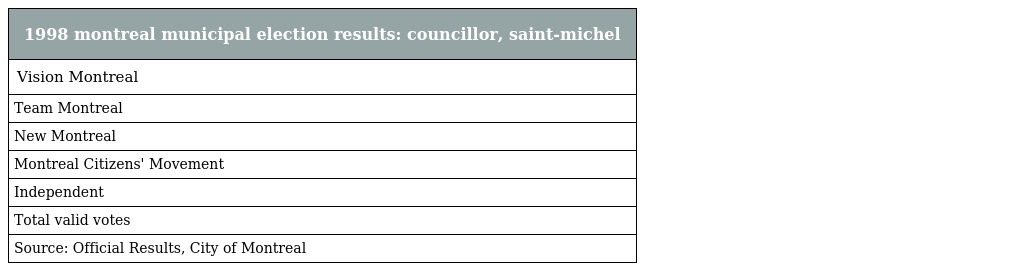
| 1998 montreal municipal election results: councillor, saint-michel |
 | --- |
 | Vision Montreal |
 | Team Montreal |
 | New Montreal |
 | Montreal Citizens' Movement |
 | Independent |
 | Total valid votes |
 | Source: Official Results, City of Montreal |